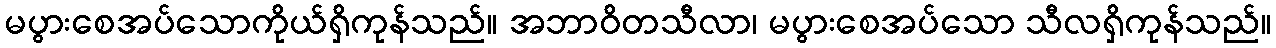
မပွားစေအပ်သောကိုယ်ရှိကုန်သည်။ အဘာဝိတသီလာ၊ မပွားစေအပ်သော သီလရှိကုန်သည်။